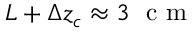
L + \Delta z _ { c } \approx 3 ~ \mathrm { ~ c ~ m ~ }